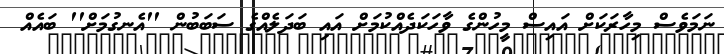
ނަމަވެސް މިހާރަކަށް އައިސް މީހުންގެ ވާހަކަދެއްކުމަށް އައި ބަދަލެއްގެ ސަބަބުން ''އެނގުމަށް'' ބައެއް